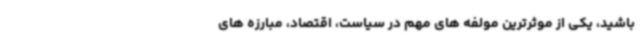
باشید، یکی از موثرترین مولفه ‌های مهم در سیاست، اقتصاد، مبارزه‌ های